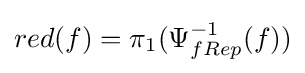
red(f)=\pi _{1}(\Psi _{fRep}^{-1}(f))